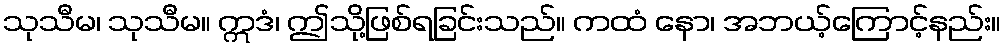
သုသီမ၊ သုသီမ။ ဣဒံ၊ ဤသို့ဖြစ်ရခြင်းသည်။ ကထံ နော၊ အဘယ့်ကြောင့်နည်း။